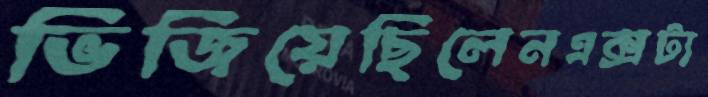
ভিজিয়েছিলেনএক্সট্য